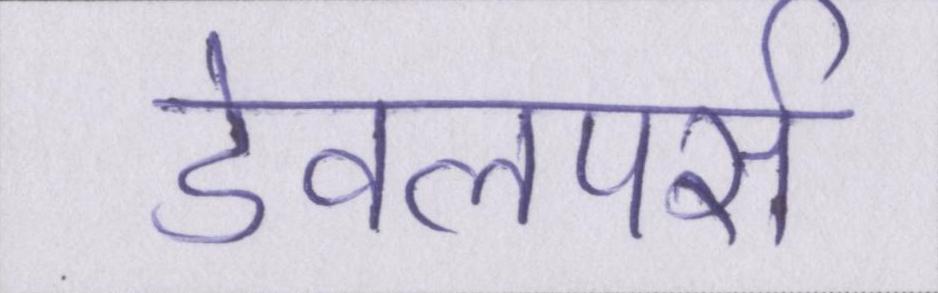
डेवलपर्स